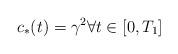
LaTeX: \begin{align*}c_{*}(t)=\gamma^{2}\forall t\in[0,T_{1}]\end{align*}